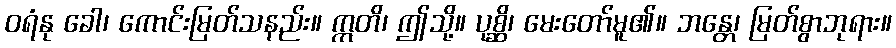
ဝရံနု ခေါ၊ ကောင်းမြတ်သနည်း။ ဣတိ၊ ဤသို့။ ပုစ္ဆိ၊ မေးတော်မူ၏။ ဘန္တေ၊ မြတ်စွာဘုရား။